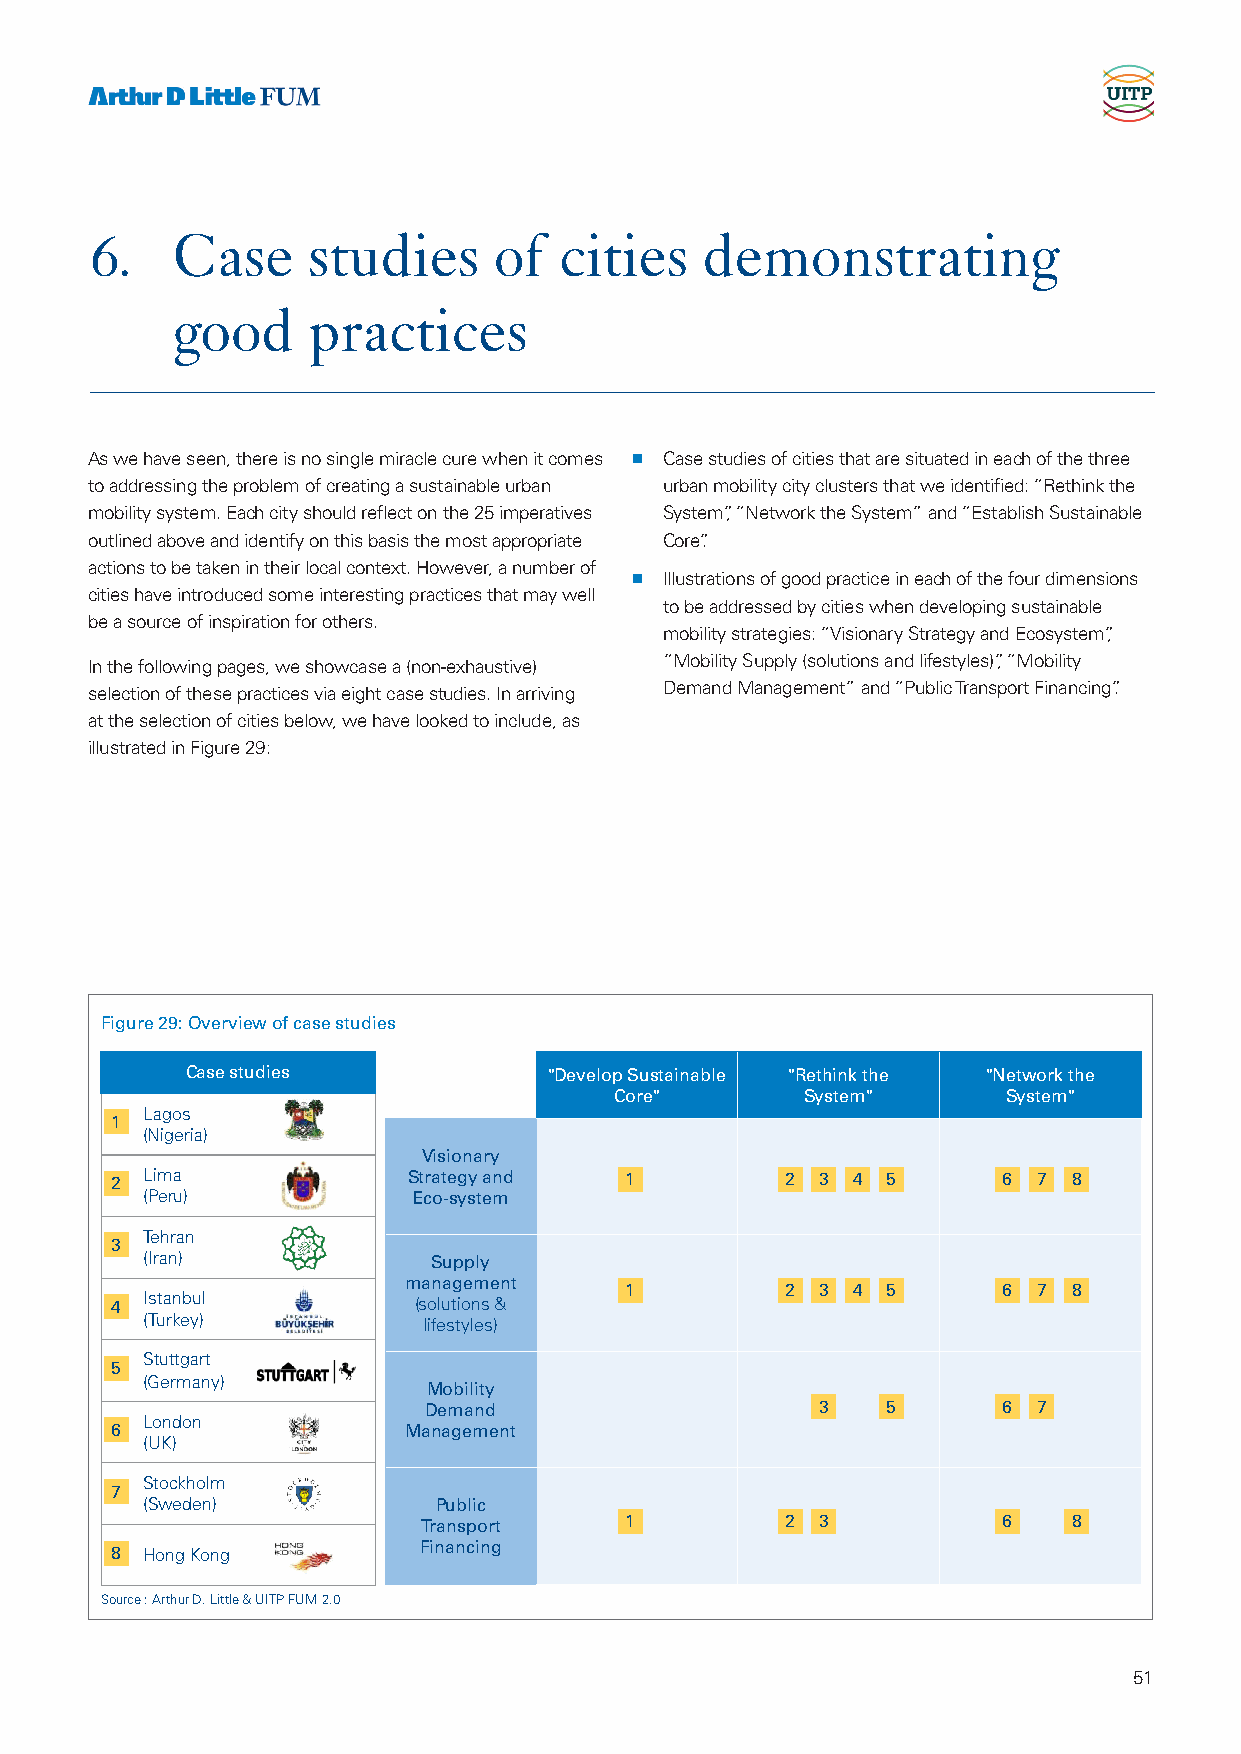
6.   Case     studies      of  cities   demonstrating
 good     practices
 As we have seen, there is no single miracle cure when it comes n Case studies of cities that are situated in each of the three
 to addressing the problem of creating a sustainable urban urban mobility city clusters that we identified: “Rethink the
 mobility system. Each city should reflect on the 25 imperatives System”, “Network the System” and “Establish Sustainable
 outlined above and identify on this basis the most appropriate Core”.
 actions to be taken in their local context. However, a number of
 n Illustrations of good practice in each of the four dimensions
 cities have introduced some interesting practices that may well
 to be addressed by cities when developing sustainable
 be a source of inspiration for others.
 mobility strategies: “Visionary Strategy and Ecosystem”,
 In the following pages, we showcase a (non-exhaustive) “Mobility Supply (solutions and lifestyles)”, “Mobility
 selection of these practices via eight case studies. In arriving Demand Management” and “Public Transport Financing”.
 at the selection of cities below, we have looked to include, as
 illustrated in Figure 29:
 Figure 29: Overview of case studies
 Case studies            "Develop Sustainable "Rethink the "Network the
 Core"       System"       System"
 Lagos
 1
 (Nigeria)
 Visionary
 2 Lima              Strategy and  1          2 3 4  5      6  7 8
 (Peru)            Eco-system
 Tehran
 3
 (Iran)              Supply
 management
 1          2 3 4  5      6  7 8
 4 Istanbul          (solutions &
 (Turkey)           lifestyles)
 Stuttgart
 5
 (Germany)
 Mobility
 Demand                    3    5      6  7
 London
 6                   Management
 (UK)
 Stockholm
 7
 (Sweden)            Public
 Transport    1          2 3           6    8
 8 Hong Kong          Financing
 Source : Arthur D. Little & UITP FUM 2.0
 51